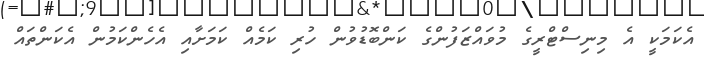
އެކަމަކީ އެ މިނިސްޓްރީގެ މުވައްޒަފުންގެ ކަންބޮޑުވުން ހުރި ކަމެއް ކަމަށާއި އެހެންކަމުން އެކަންތައް